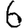
Digit: 6